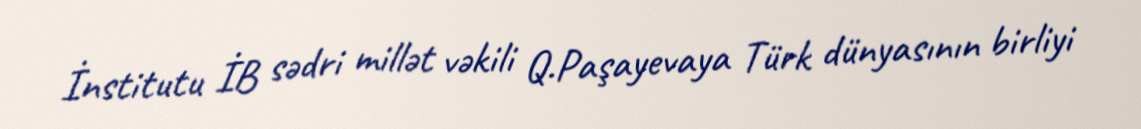
İnstitutu İB sədri millət vəkili Q.Paşayevaya Türk dünyasının birliyi